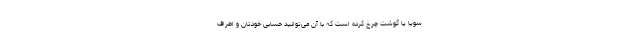
سویا یا گوشت چرخ کرده است که با آن می‌توانید حسابی خودتان و اطراف